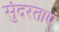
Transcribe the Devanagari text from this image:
सुंदरताएं